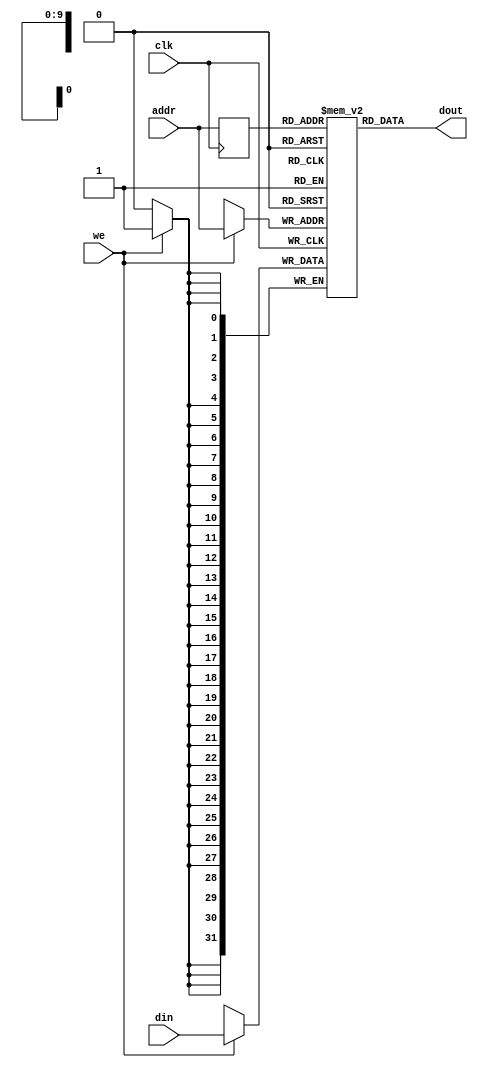
// System memory
// 4KB RAM (1024 dword)

module smem(clk, we, addr, din, dout);
 
input clk;   
input we;   
input  [9:0] addr;   
input  [31:0] din;   
output [31:0] dout;   

reg    [31:0] ram [0:1023];   
reg    [9:0] read_addr; 
 
always @(posedge clk) 
begin
    if (we) begin
        ram[addr] <= din;
    end

    read_addr <= addr;
end
assign dout = ram[read_addr];

////For simulation ONLY
//initial 
//begin
//    $readmemh("C:/Users/onur/Desktop/MyWork/vivado/RISCV32I_HLS/mem.txt", ram);
//end

initial begin
    ram[0] = 32'h 3fc00093; //       li      x1,1020
    ram[1] = 32'h 0000a023; //       sw      x0,0(x1)
    ram[2] = 32'h 0000a103; // loop: lw      x2,0(x1)
    ram[3] = 32'h 00110113; //       addi    x2,x2,1
    ram[4] = 32'h 0020a023; //       sw      x2,0(x1)
    ram[5] = 32'h ff5ff06f; //       j       <loop>
end
   
endmodule